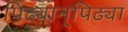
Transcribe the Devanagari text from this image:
पिढ्यान्‌पिढ्या